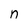
Character: n